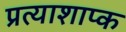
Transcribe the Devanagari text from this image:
प्रत्याशाप्क